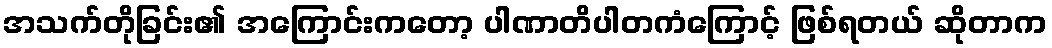
အသက်တိုခြင်း၏ အကြောင်းကတော့ ပါဏာတိပါတကံကြောင့် ဖြစ်ရတယ် ဆိုတာက